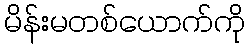
မိန်းမတစ်ယောက်ကို